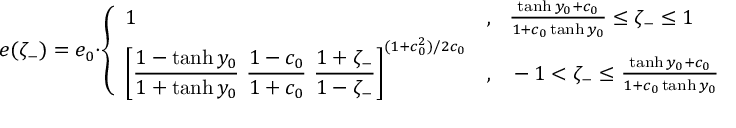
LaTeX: e ( \zeta _ { - } ) = e _ { 0 } \cdot \left\{ \begin{array} { l l } { { 1 } } & { { , ~ ~ \frac { \operatorname { t a n h } y _ { 0 } + c _ { 0 } } { 1 + c _ { 0 } \operatorname { t a n h } y _ { 0 } } \leq \zeta _ { - } \leq 1 } } \\ { { { \displaystyle \left[ \frac { 1 - \operatorname { t a n h } y _ { 0 } } { 1 + \operatorname { t a n h } y _ { 0 } } ~ \frac { 1 - c _ { 0 } } { 1 + c _ { 0 } } ~ \frac { 1 + \zeta _ { - } } { 1 - \zeta _ { - } } \right] } ^ { ( 1 + c _ { 0 } ^ { 2 } ) / 2 c _ { 0 } } } } & { { , ~ ~ - 1 < \zeta _ { - } \leq \frac { \operatorname { t a n h } y _ { 0 } + c _ { 0 } } { 1 + c _ { 0 } \operatorname { t a n h } y _ { 0 } } ~ , } } \end{array} \right.